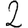
Digit: 2